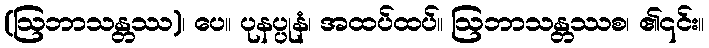
(ဩဘာသန္တဿ)၊ ပေ။ ပုနပ္ပုနံ၊ အထပ်ထပ်။ ဩဘာသန္တဿစ၊ ၏၎င်း။